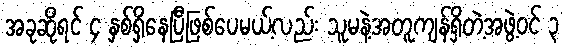
အခုဆိုရင် ၄ နှစ်ရှိနေပြီဖြစ်ပေမယ့်လည်း သူမနဲ့အတူကျန်ရှိတဲ့အဖွဲ့ဝင် ၃